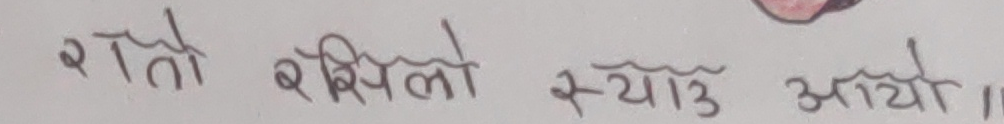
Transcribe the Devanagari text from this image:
रातो खपिलो स्याउ आयो ॥